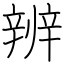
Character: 辨